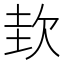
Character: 㰪